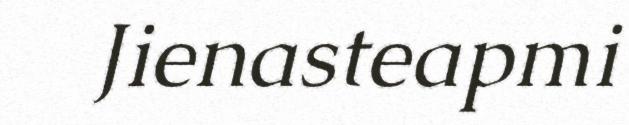
Jienasteapmi